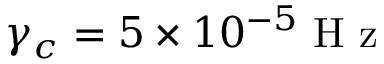
\gamma _ { c } = 5 \times 1 0 ^ { - 5 } \mathrm { ~ H ~ z ~ }